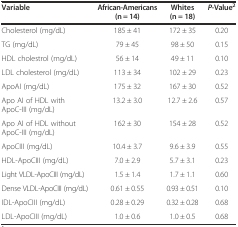
<table><thead><tr><td><b>Variable</b></td><td><b>African-Americans (n = 14)</b></td><td><b>Whites (n = 18)</b></td><td><b><i>P</i>-Value<sup>2</sup></b></td></tr></thead><tbody><tr><td>Cholesterol (mg/dL)</td><td>185 ± 41</td><td>172 ± 35</td><td>0.20</td></tr><tr><td>TG (mg/dL)</td><td>79 ± 45</td><td>98 ± 50</td><td>0.15</td></tr><tr><td>HDL cholestrol (mg/dL)</td><td>56 ± 14</td><td>49 ± 11</td><td>0.10</td></tr><tr><td>LDL cholesterol (mg/dL)</td><td>113 ± 34</td><td>102 ± 29</td><td>0.23</td></tr><tr><td>ApoAI (mg/dL)</td><td>175 ± 32</td><td>167 ± 30</td><td>0.52</td></tr><tr><td>Apo AI of HDL with ApoC-III (mg/dL)</td><td>13.2 ± 3.0</td><td>12.7 ± 2.6</td><td>0.57</td></tr><tr><td>Apo AI of HDL without ApoC-III (mg/dL)</td><td>162 ± 30</td><td>154 ± 28</td><td>0.52</td></tr><tr><td>ApoCIII (mg/dL)</td><td>10.4 ± 3.7</td><td>9.6 ± 3.9</td><td>0.55</td></tr><tr><td>HDL-ApoCIII (mg/dL)</td><td>7.0 ± 2.9</td><td>5.7 ± 3.1</td><td>0.23</td></tr><tr><td>Light VLDL-ApoCIII (mg/dL)</td><td>1.5 ± 1.4</td><td>1.7 ± 1.1</td><td>0.60</td></tr><tr><td>Dense VLDL-ApoCIII (mg/dL)</td><td>0.61 ± 0.55</td><td>0.93 ± 0.51</td><td>0.10</td></tr><tr><td>IDL-ApoCIII (mg/dL)</td><td>0.28 ± 0.29</td><td>0.32 ± 0.28</td><td>0.68</td></tr><tr><td>LDL-ApoCIII (mg/dL)</td><td>1.0 ± 0.6</td><td>1.0 ± 0.5</td><td>0.68</td></tr></tbody></table>